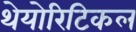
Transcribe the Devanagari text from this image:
थेयोरिटिकल